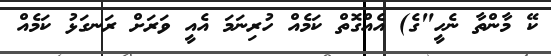
ކޭ މާންތާ ނެހީ"ގެ) އެއްގޮތް ކަމެއް ހުރިނަމަ އެއީ ވަރަށް ރަނގަޅު ކަމެއް